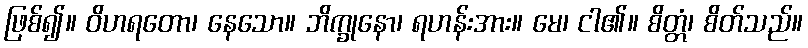
ဖြစ်၍။ ဝိဟရတော၊ နေသော။ ဘိက္ခုနော၊ ရဟန်းအား။ မေ၊ ငါ၏။ စိတ္တံ၊ စိတ်သည်။